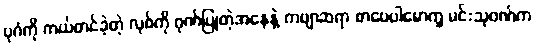
ပုဂံကို ကယ်တင်ခဲ့တဲ့ လုစ်ကို ဂုဏ်ပြုတဲ့အနေနဲ့ ကဗျာဆရာ စာပေပါမောက္ခ မင်းသုဝဏ်က